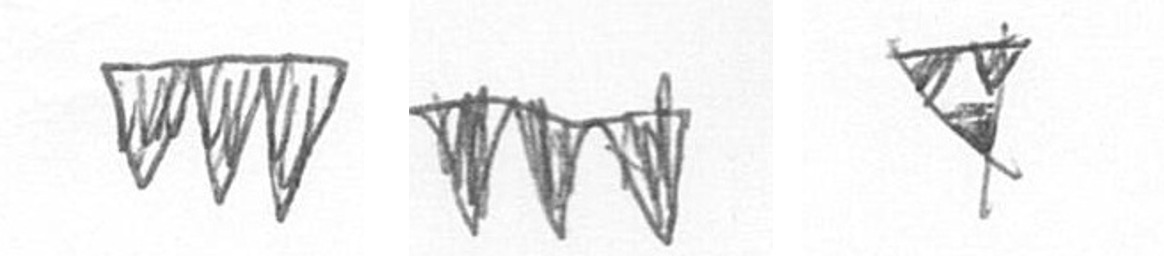
L L S